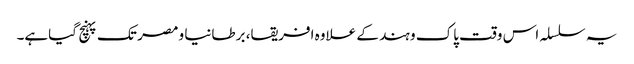
یہ سلسلہ اس وقت پاک و ہند کے علاوہ افریقا، برطانیا و مصر تک پہنچ گیاہے۔